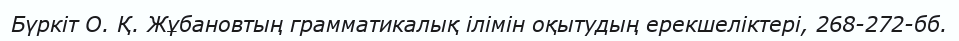
Бүркіт О. Қ. Жұбановтың грамматикалық ілімін оқытудың ерекшеліктері, 268-272-бб.